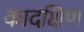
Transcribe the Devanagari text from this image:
कादक्षिण